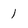
Character: 1